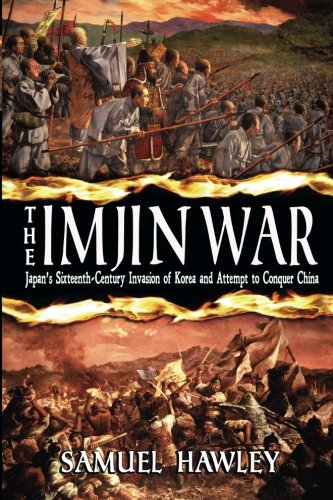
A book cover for The Imjin War: Japan's Sixteenth-Century Invasion of Korea and Attempt to Conquer China; Samuel Hawley; History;